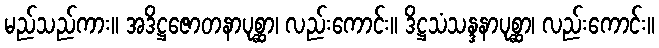
မည်သည်ကား။ အဒိဋ္ဌဇောတနာပုစ္ဆာ၊ လည်းကောင်း။ ဒိဋ္ဌသံသန္ဒနာပုစ္ဆာ၊ လည်းကောင်း။